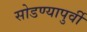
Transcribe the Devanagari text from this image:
सोडण्यापुर्वी